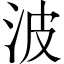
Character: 波